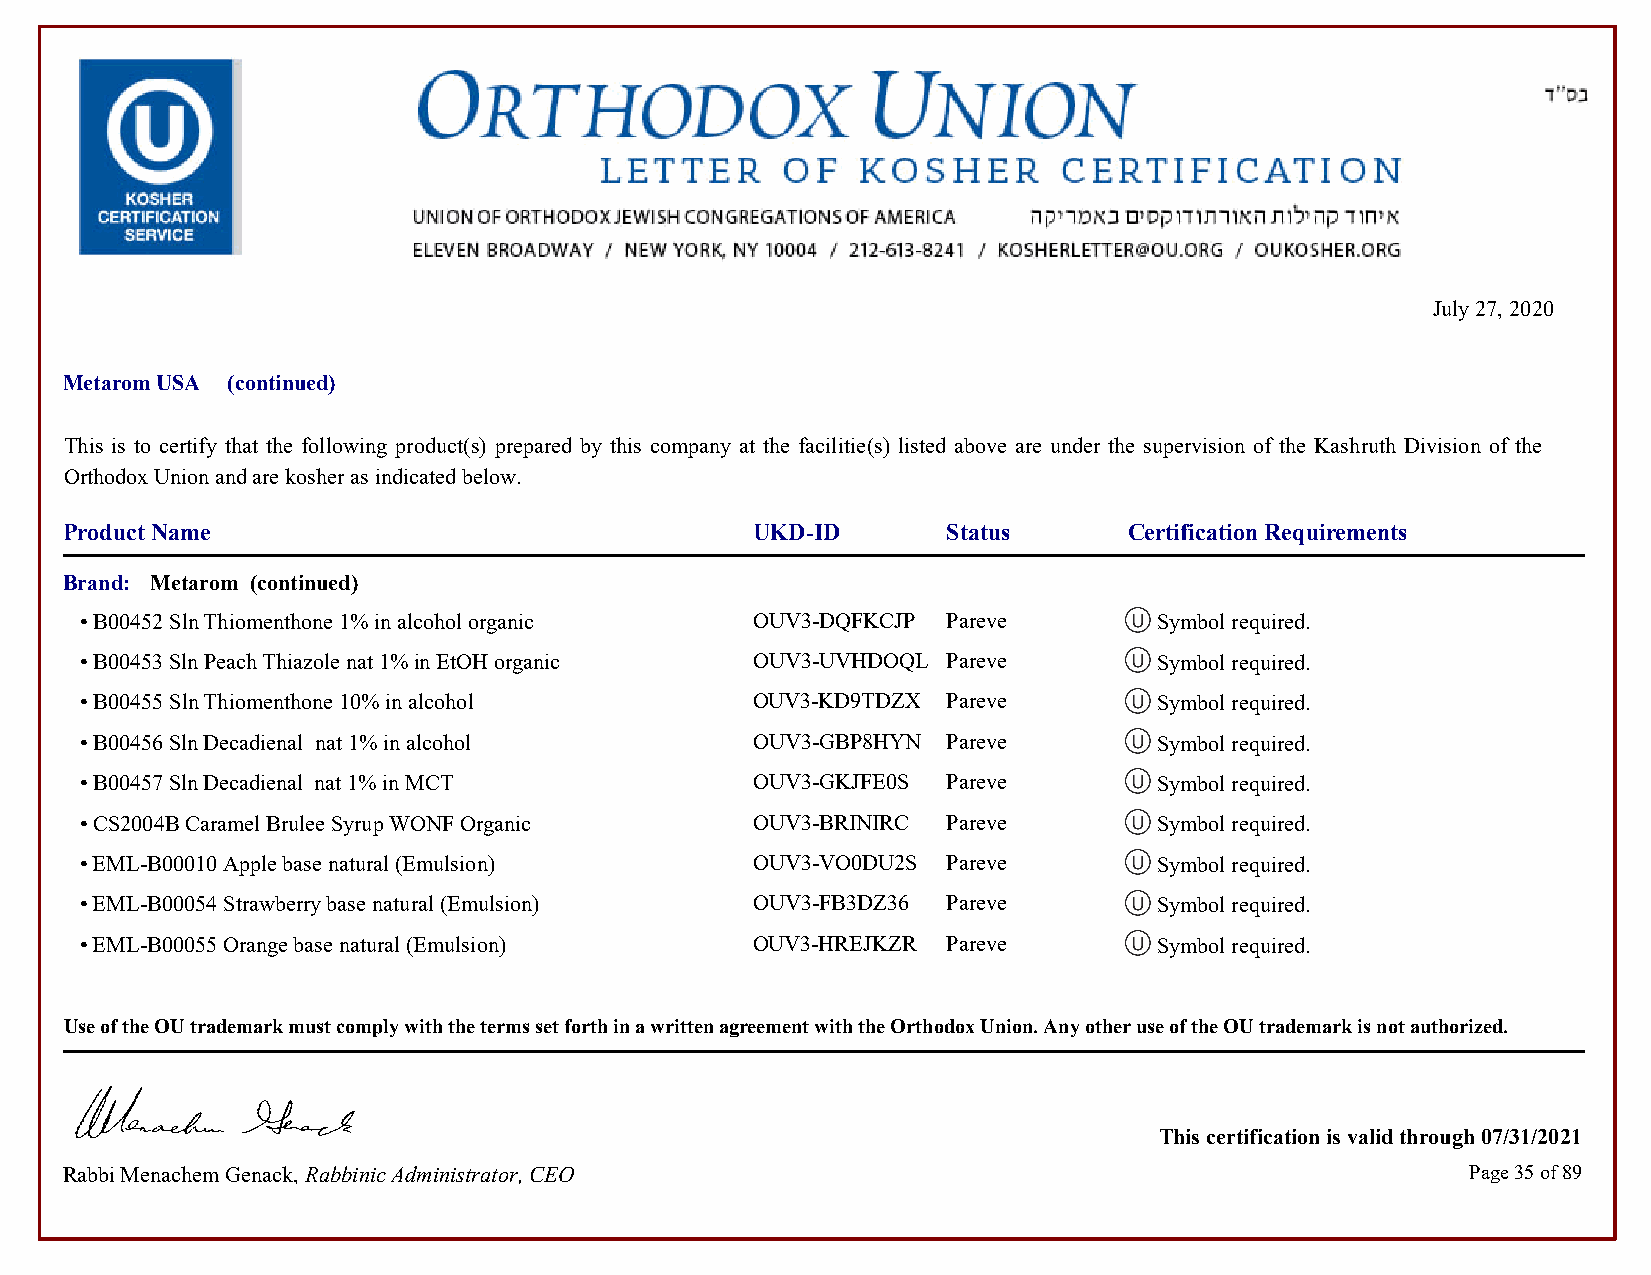
July 27, 2020
 Metarom USA (continued)
 This is to certify that the following product(s) prepared by this company at the facilitie(s) listed above are under the supervision of the Kashruth Division of the
 Orthodox Union and are kosher as indicated below.
 Product Name                                  UKD-ID       Status      Certification Requirements
 Brand: Metarom (continued)
 • B00452 Sln Thiomenthone 1% in alcohol organic OUV3-DQFKCJP Pareve     Symbol required.            Symbol required.
 • B00453 Sln Peach Thiazole nat 1% in EtOH organic OUV3-UVHDOQL Pareve  Symbol required.            Symbol required.
 • B00455 Sln Thiomenthone 10% in alcohol     OUV3-KD9TDZX Pareve        Symbol required.            Symbol required.
 • B00456 Sln Decadienal nat 1% in alcohol    OUV3-GBP8HYN Pareve        Symbol required.            Symbol required.
 • B00457 Sln Decadienal nat 1% in MCT        OUV3-GKJFE0S Pareve        Symbol required.            Symbol required.
 • CS2004B Caramel Brulee Syrup WONF Organic  OUV3-BRINIRC Pareve        Symbol required.            Symbol required.
 • EML-B00010 Apple base natural (Emulsion)   OUV3-VO0DU2S Pareve        Symbol required.            Symbol required.
 • EML-B00054 Strawberry base natural (Emulsion) OUV3-FB3DZ36 Pareve     Symbol required.            Symbol required.
 • EML-B00055 Orange base natural (Emulsion)  OUV3-HREJKZR Pareve        Symbol required.            Symbol required.
 Use of the OU trademark must comply with the terms set forth in a written agreement with the Orthodox Union. Any other use of the OU trademark is not authorized.
 This certification is valid through 07/31/2021
 Rabbi Menachem Genack, Rabbinic Administrator, CEO                                           Page 35 of 89